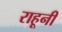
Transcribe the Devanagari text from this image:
राहूनी